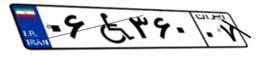
۰۶W۳۶۰۰۷